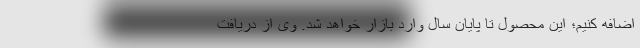
اضافه کنیم؛ این محصول تا پایان سال وارد بازار خواهد شد. وی از دریافت